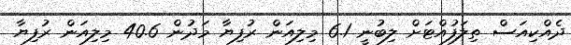
ދެއްކިއަސް ތިލަފުއްޓަށް ލިބުނީ 6.1 މިލިއަން ރުފިޔާ މަދުން 40.6 މިލިއަން ރުފިޔާ